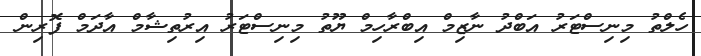
ހެލްތު މިނިސްޓަރު އަބްދު ނާޒިމް އިބްރާހިމް ޔޫތު މިނިސްޓަރު އިރުތިޝާމް އާދަމް ފޮރިން